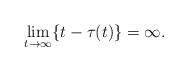
LaTeX: \begin{align*} \lim_{t\to\infty} \{t-\tau(t)\}=\infty.\end{align*}